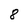
Character: 8